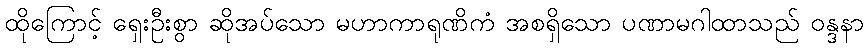
ထိုကြောင့် ရှေးဦးစွာ ဆိုအပ်သော မဟာကာရုဏိကံ အစရှိသော ပဏာမဂါထာသည် ဝန္ဒနာ